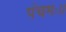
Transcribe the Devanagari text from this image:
पंचमः।।